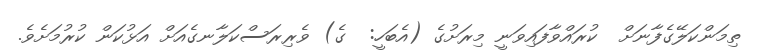
ތިމަންކަލޭގެފާނަށް  ކުރައްވާފައިވަނީ މިރަށުގެ (އެބަހީ:  ގެ) ވެރިރަސްކަލާނގެއަށް އަޅުކަން ކުރުމަށެވެ.